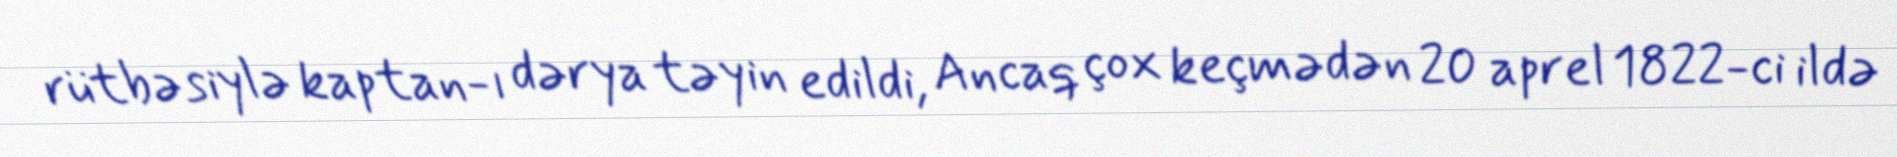
rütbəsiylə kaptan-ı dərya təyin edildi, Ancaq çox keçmədən 20 aprel 1822-ci ildə